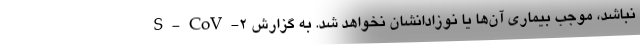
S-CoV-2 نباشد،‌ موجب بیماری آن‌ها یا نوزادانشان نخواهد شد. به گزارش